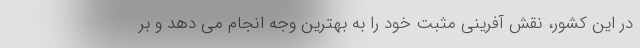
در این کشور، نقش آفرینی مثبت خود را به بهترین وجه انجام می دهد و بر